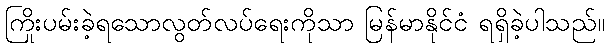
ကြိုးပမ်းခဲ့ရသောလွတ်လပ်ရေးကိုသာ မြန်မာနိုင်ငံ ရရှိခဲ့ပါသည်။